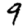
Digit: 9